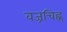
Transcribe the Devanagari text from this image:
वज्रचिह्न